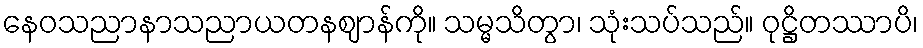
နေဝသညာနာသညာယတနဈာန်ကို။ သမ္မသိတွာ၊ သုံးသပ်သည်။ ဝုဋ္ဌိတဿာပိ၊